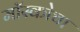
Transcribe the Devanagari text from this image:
मॉस्कोचा